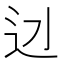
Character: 𨑎